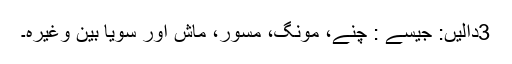
3دالیں: جیسے : چنے، مونگ، مسور، ماش اور سویا بین وغیرہ۔